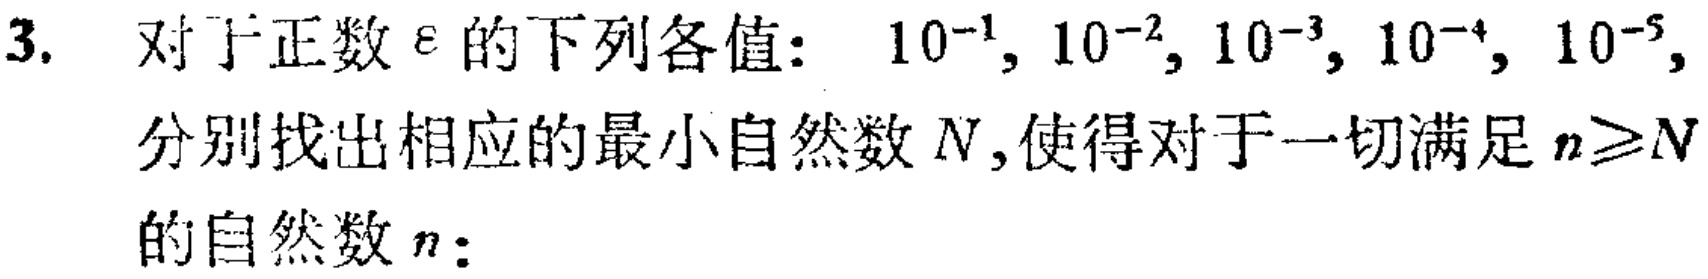
3. 对于正数$\varepsilon$的下列各值：$10^{-1}, 10^{-2}, 10^{-3}, 10^{-4}, 10^{-5},$分别找出相应的最小自然数$N$,使得对于一切满足$n\geqslant N$的自然数$n$：